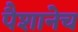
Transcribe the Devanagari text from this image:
पैशानेच